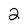
Character: 2